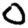
Digit: 0